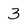
Character: 3